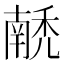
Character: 𰨵